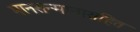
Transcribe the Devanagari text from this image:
मानसन्मानासहित